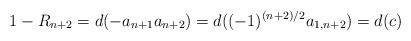
LaTeX: \begin{align*} 1-R_{n+2}=d(-a_{n+1}a_{n+2})=d((-1)^{(n+2)/2}a_{1,n+2})=d(c) \end{align*}